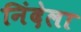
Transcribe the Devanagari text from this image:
निंदेला